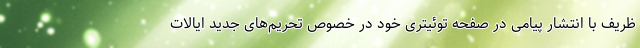
ظریف با انتشار پیامی در صفحه توئیتری خود در خصوص تحریم‌های جدید ایالات